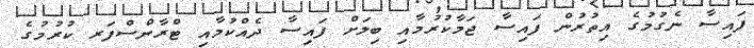
ފައިސާ ނެގުމުގެ އިތުރުން ފައިސާ ޖަމާކުރުމާއި ބިލަށް ފައިސާ ދެއްކުމާއި ޓްރާންސްފަރ ކުރުމުގެ